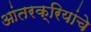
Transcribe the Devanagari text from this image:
आंतरक्रियांचे